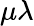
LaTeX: \mu\lambda